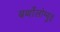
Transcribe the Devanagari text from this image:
बर्थोलोम्युइ